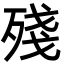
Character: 殘